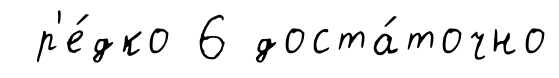
р'е́дко 6 доста́точно